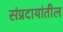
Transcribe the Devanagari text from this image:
संप्रदायांतील